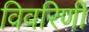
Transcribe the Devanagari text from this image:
विवरिणी